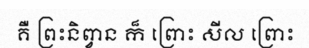
គឺ ព្រះនិព្វាន ក៏ ព្រោះ សីល ព្រោះ